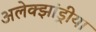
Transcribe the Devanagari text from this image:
अलेक्झांड्रीया